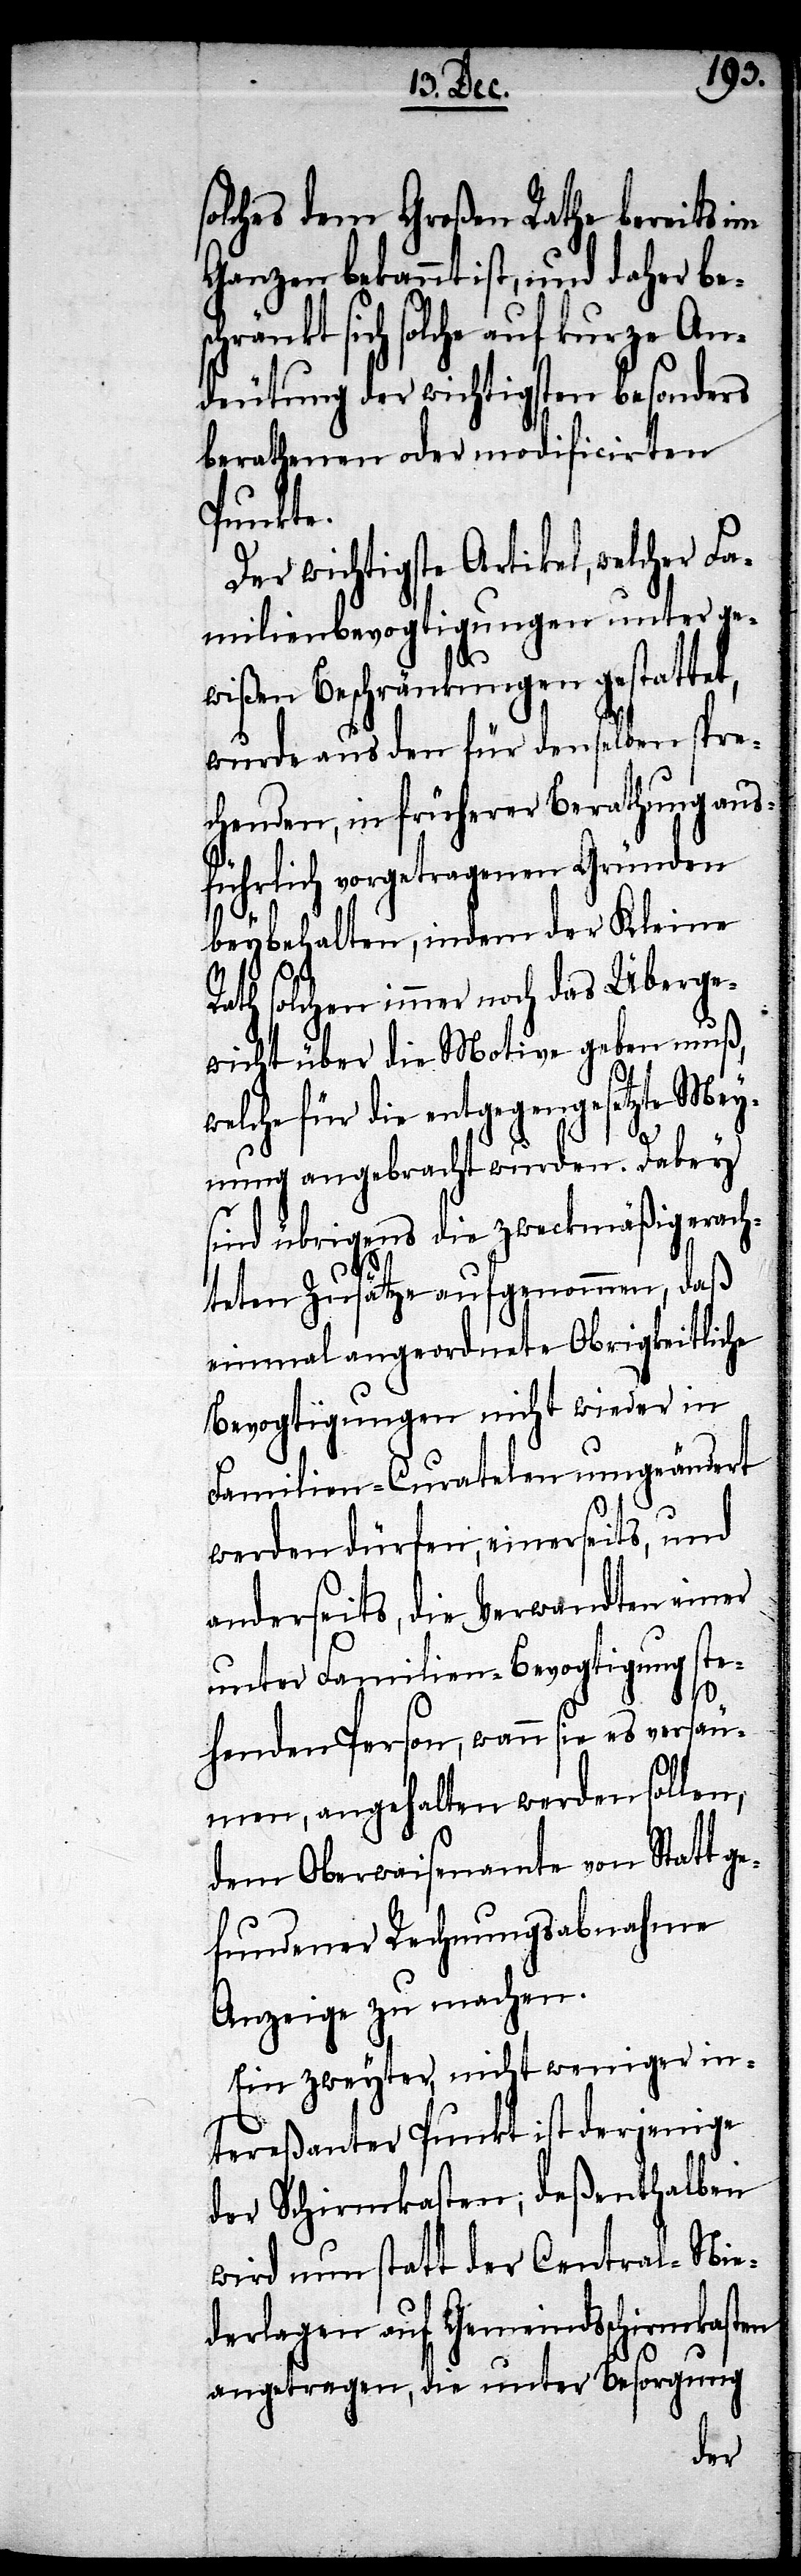
solches dem Großen Rathe bereits im
Ganzen bekannt ist, und daher bes¬
chränkt sich solche auf kurze An¬
deutung der wichtigsten besonders
berathenden oder modificirten
Punkte.
Der wichtigste Artikel, welcher Fa¬
milienbevogtigungen unter ge¬
wißen Beschränkungen gestattet,
wurde aus den für denselben spre¬
chenden, in früherer Berathung aus¬
führlich vorgetragenen Gründen
beybehalten, indem der Kleinen
w¬
Rath solchen immer noch das Überge¬
wicht über die Motive geben muß,
elche für die entgegengesetzte Mey¬
nung angebracht wurden. Dabey
sind übrigens die zweckmäßig erach¬
teten Zusätze aufgenommen, daß
einmal angeordnete Obrigkeitliche
Bevogtigungen nicht wieder in
Familien-Curatelen umgeändert
werden dürfen, einerseits, und
anderseits, die Verwandten einer
unter Familien-Bevogtigung ste¬
henden Person, wann sie es versäu¬
men, angehalten werden sollen,
dem Oberwaisenamte von Statt g¬
efundener Rechnungsabnahme
Anzeige zu machen.
Ein zweyter, nicht weniger in¬
tereßanter Punkt, ist derjenige
der Schirmkosten; deßenthalben
wird nun statt der Central-Nie¬
derlagen auf Gemeindsschirmkasten
angetragen, die unter Besorgung